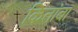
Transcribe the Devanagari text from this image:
कितांबा